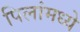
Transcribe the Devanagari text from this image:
पिलांमध्ये